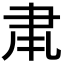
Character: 𮌂